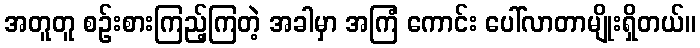
အတူတူ စဉ်းစားကြည့်ကြတဲ့ အခါမှာ အကြံ ကောင်း ပေါ်လာတာမျိုးရှိတယ်။